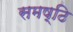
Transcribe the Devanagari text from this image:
समष्ठि